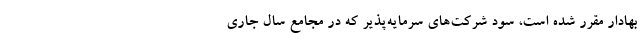
بهادار مقرر شده است، سود شرکت‌های سرمایه‌پذیر که در مجامع سال جاری